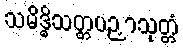
သမိဒ္ဓိသတ္တပဉှာသုတ္တံ